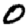
Digit: 0